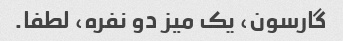
گارسون، یک میز دو نفره، لطفا.